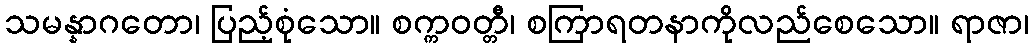
သမန္နာဂတော၊ ပြည့်စုံသော။ စက္ကဝတ္တီ၊ စကြာရတနာကိုလည်စေသော။ ရာဇာ၊